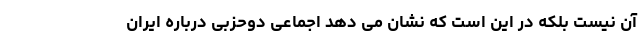
آن نیست بلکه در این است که نشان می دهد اجماعی دوحزبی درباره ایران